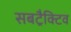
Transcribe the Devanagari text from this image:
सबट्रैक्टिव